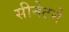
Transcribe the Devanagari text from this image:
सीनेटने